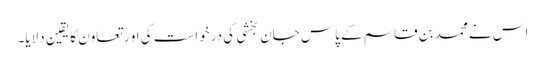
اس نے محمد بن قاسم کے پاس جان بخشی کی درخواست کی او ر تعاون کا یقین دلایا۔